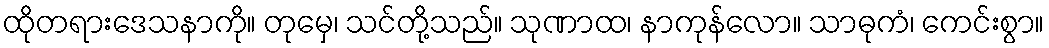
ထိုတရားဒေသနာကို။ တုမှေ၊ သင်တို့သည်။ သုဏာထ၊ နာကုန်လော။ သာဓုကံ၊ ကေင်းစွာ။